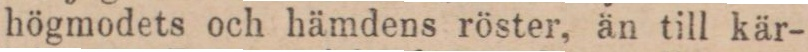
högmodets och hämdens röster, än till kär-